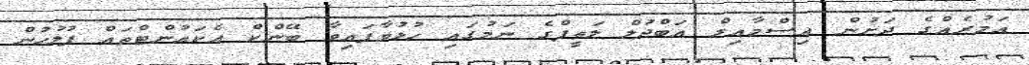
އަމުރެއްގެ ދަށުން އިސްމާއިލް އަބްދުލް ލަތީފްގެ ނަމުގައި ހުޅުވާފައިވާ ބޭންކް އެކައުންޓްތައް ފުލުހުން